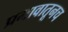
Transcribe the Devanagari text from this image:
प्रभावातूनच